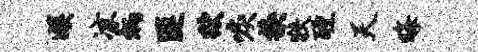
娱凉炳匪狱唳换狭醺天晦